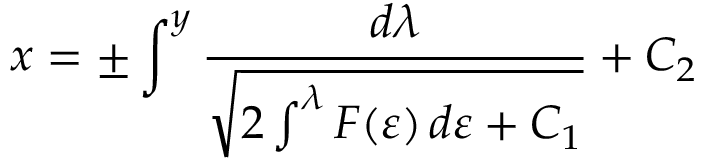
x = \pm \int ^ { y } { \frac { d \lambda } { \sqrt { 2 \int ^ { \lambda } F ( \varepsilon ) \, d \varepsilon + C _ { 1 } } } } + C _ { 2 } \,